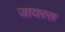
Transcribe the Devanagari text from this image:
जायरस